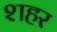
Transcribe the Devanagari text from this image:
श्‍ाहर